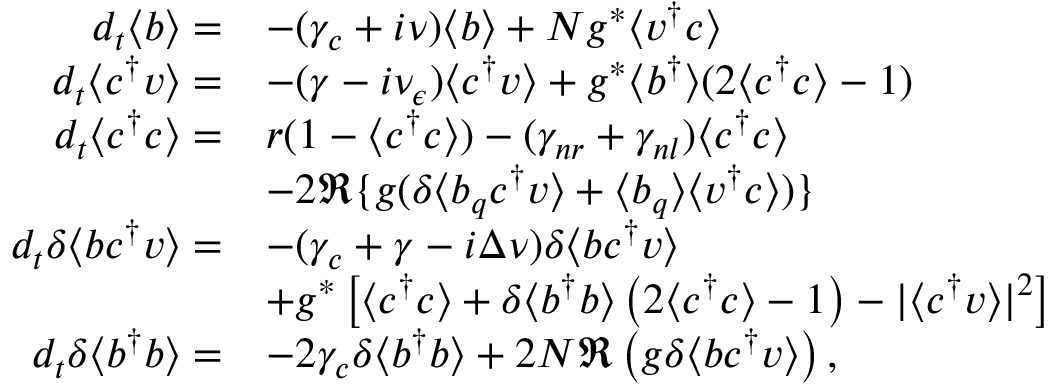
\begin{array} { r l } { d _ { t } \langle b \rangle = } & { - ( \gamma _ { c } + i \nu ) \langle b \rangle + N g ^ { * } \langle v ^ { \dagger } c \rangle } \\ { d _ { t } \langle c ^ { \dagger } v \rangle = } & { - ( \gamma - i \nu _ { \epsilon } ) \langle c ^ { \dagger } v \rangle + g ^ { * } \langle b ^ { \dagger } \rangle ( 2 \langle c ^ { \dagger } c \rangle - 1 ) } \\ { d _ { t } \langle c ^ { \dagger } c \rangle = } & { r ( 1 - \langle c ^ { \dagger } c \rangle ) - ( \gamma _ { n r } + \gamma _ { n l } ) \langle c ^ { \dagger } c \rangle } \\ & { - 2 \Re \{ g ( \delta \langle b _ { q } c ^ { \dagger } v \rangle + \langle b _ { q } \rangle \langle v ^ { \dagger } c \rangle ) \} } \\ { d _ { t } \delta \langle b c ^ { \dagger } v \rangle = } & { - ( \gamma _ { c } + \gamma - i \Delta \nu ) \delta \langle b c ^ { \dagger } v \rangle } \\ & { + g ^ { * } \left[ \langle c ^ { \dagger } c \rangle + \delta \langle b ^ { \dagger } b \rangle \left( 2 \langle c ^ { \dagger } c \rangle - 1 \right) - \vert \langle c ^ { \dagger } v \rangle \vert ^ { 2 } \right] } \\ { d _ { t } \delta \langle b ^ { \dagger } b \rangle = } & { - 2 \gamma _ { c } \delta \langle b ^ { \dagger } b \rangle + 2 N \Re \left( g \delta \langle b c ^ { \dagger } v \rangle \right) , } \end{array}